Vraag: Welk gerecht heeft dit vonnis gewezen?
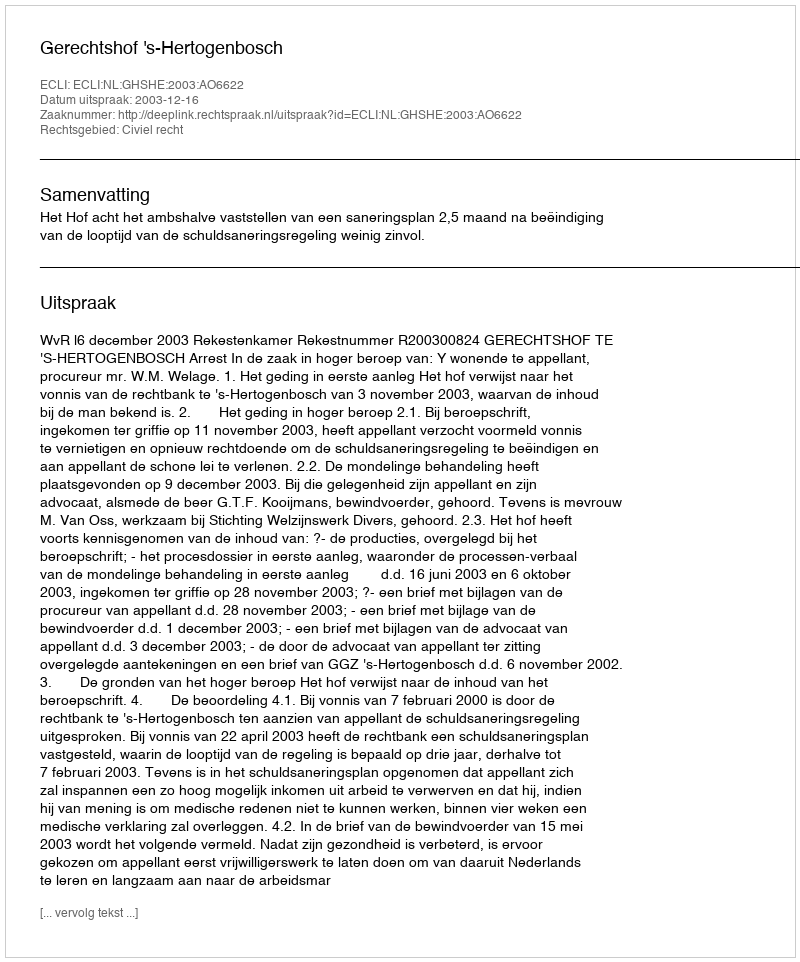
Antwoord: Gerechtshof 's-Hertogenbosch